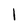
Character: 1